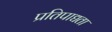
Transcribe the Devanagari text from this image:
प्रतिपाद्यता